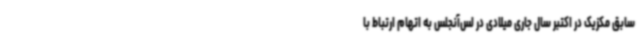
سابق مکزیک در اکتبر سال جاری میلادی در لس‌آنجلس به اتهام ارتباط با